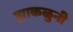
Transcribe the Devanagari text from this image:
झाकळुनी